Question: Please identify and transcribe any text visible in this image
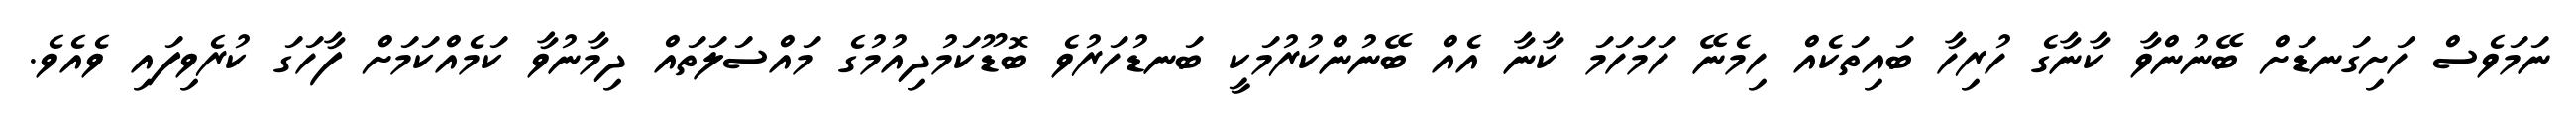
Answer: ނަމަވެސް ހަށިގަނޑަށް ބޭނުންވާ ކާނާގެ ހުރިހާ ބައިތަކެއް ހިމެނޭ ހަމަހަމަ ކާނާ އެއް ބޭނުންކުރުމަކީ ބަނޑުހަރުވެ ބޮޑޫކަމުދިއުމުގެ މައްސަލަތައް ދިމާނުވާ ކަމެއްކަމަށް ފާހަގަ ކުރެވިފައި ވެއެވެ.